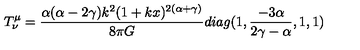
T _ { \nu } ^ { \mu } = \frac { \alpha ( \alpha - 2 \gamma ) k ^ { 2 } ( 1 + k x ) ^ { 2 ( \alpha + \gamma ) } } { 8 \pi G } d i a g ( 1 , \frac { - 3 \alpha } { 2 \gamma - \alpha } , 1 , 1 )